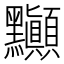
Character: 𲎘